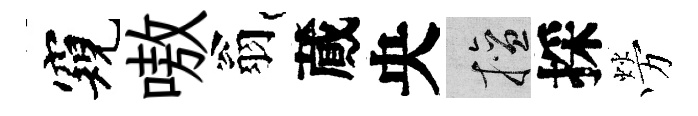
窺嗷翁蕆央擅採勞